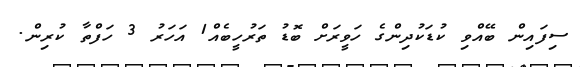
ސިފައިން ބޭއްވި ކުޑަކުދިންގެ ހަވީރަށް ބޮޑު ތަރުހީބެއް1 އަހަރު 3 ހަފްތާ ކުރިން.